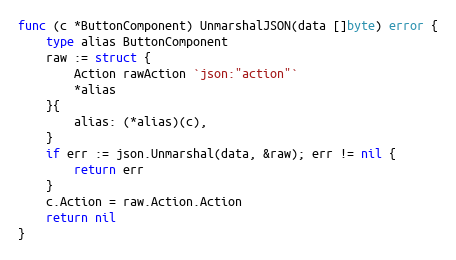
Language: Go
func (c *ButtonComponent) UnmarshalJSON(data []byte) error {
	type alias ButtonComponent
	raw := struct {
		Action rawAction `json:"action"`
		*alias
	}{
		alias: (*alias)(c),
	}
	if err := json.Unmarshal(data, &raw); err != nil {
		return err
	}
	c.Action = raw.Action.Action
	return nil
}